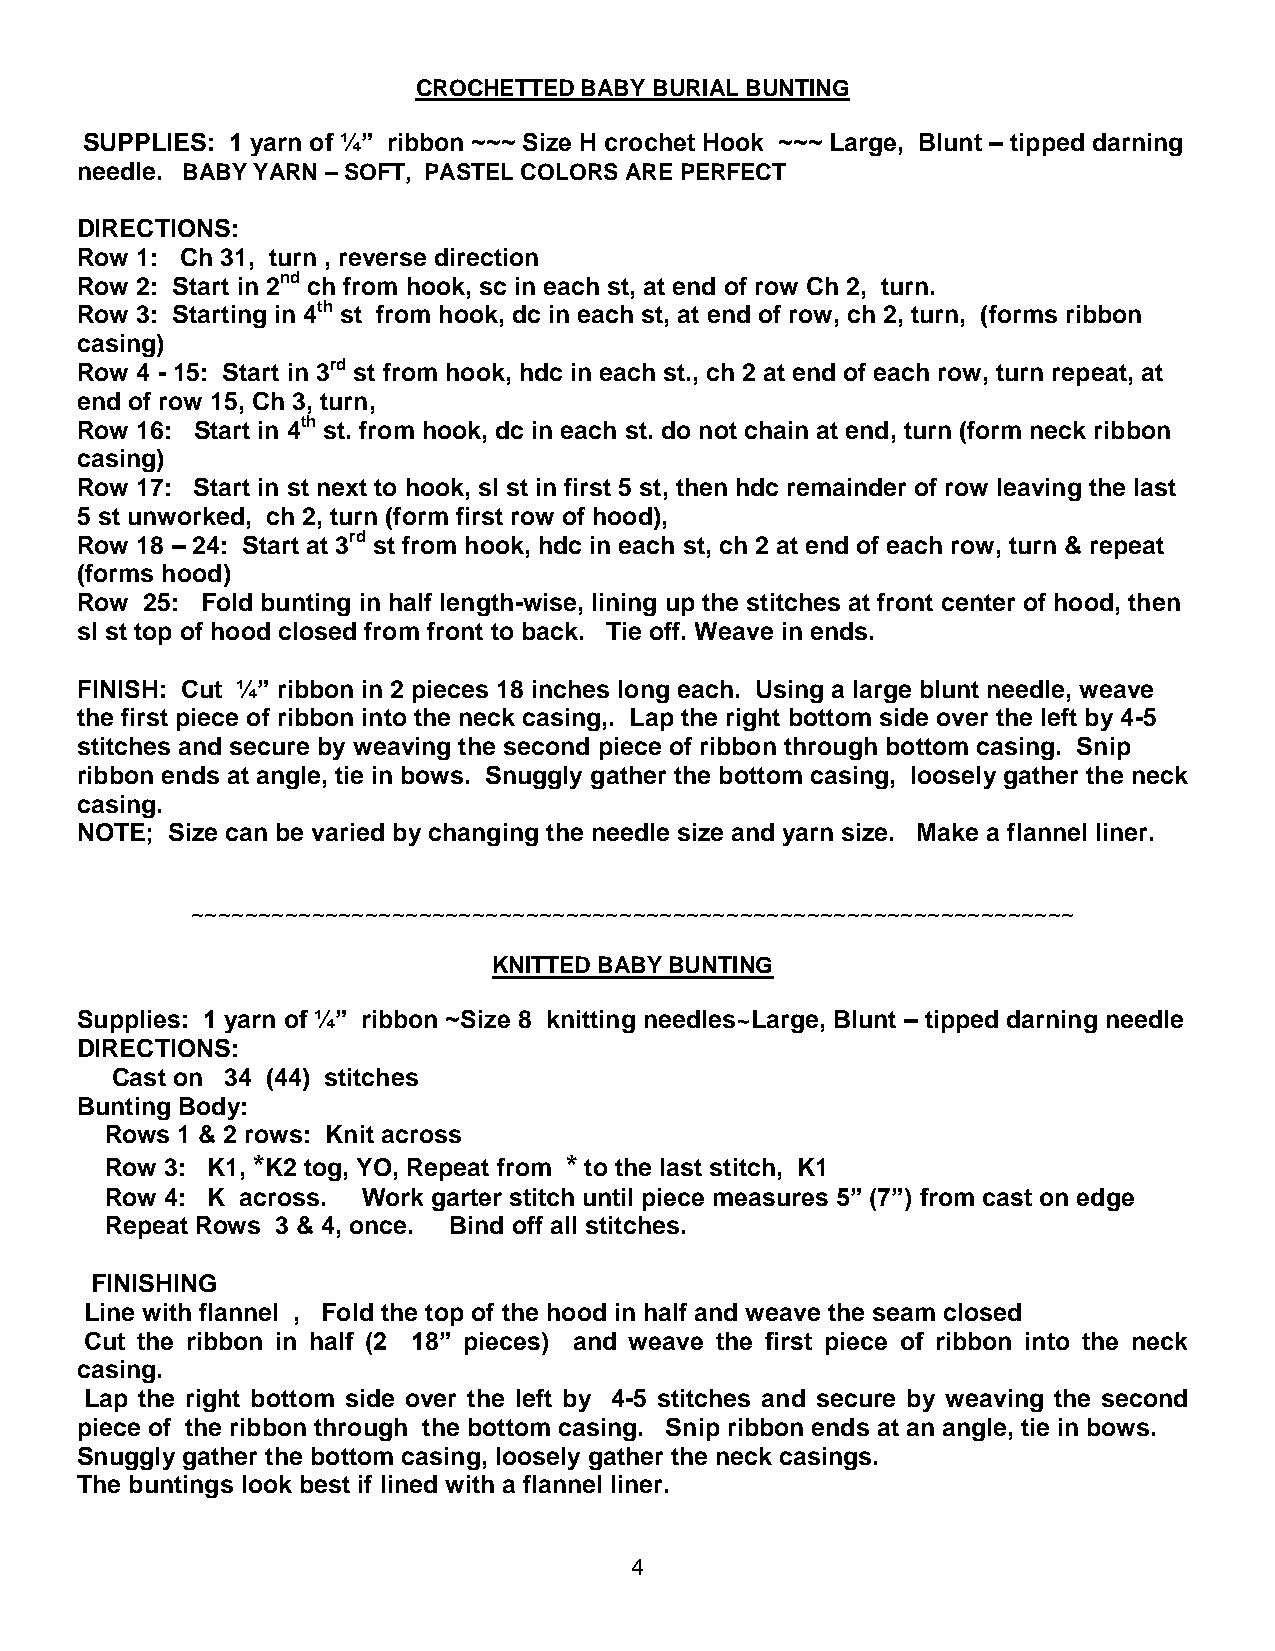
CROCHETTED BABY BURIAL BUNTING
 SUPPLIES: 1 yarn of ¼” ribbon ~~~ Size H crochet Hook ~~~ Large, Blunt – tipped darning
 needle. BABY YARN – SOFT, PASTEL COLORS ARE PERFECT
 DIRECTIONS:
 Row 1: Ch 31, turn , reverse direction
 Row 2: Start in 2nd ch from hook, sc in each st, at end of row Ch 2, turn.
 Row 3: Starting in 4th st from hook, dc in each st, at end of row, ch 2, turn, (forms ribbon
 casing)
 Row 4 - 15: Start in 3rd st from hook, hdc in each st., ch 2 at end of each row, turn repeat, at
 end of row 15, Ch 3, turn,
 Row 16: Start in 4th st. from hook, dc in each st. do not chain at end, turn (form neck ribbon
 casing)
 Row 17: Start in st next to hook, sl st in first 5 st, then hdc remainder of row leaving the last
 5 st unworked, ch 2, turn (form first row of hood),
 Row 18 – 24: Start at 3rd st from hook, hdc in each st, ch 2 at end of each row, turn & repeat
 (forms hood)
 Row 25: Fold bunting in half length-wise, lining up the stitches at front center of hood, then
 sl st top of hood closed from front to back. Tie off. Weave in ends.
 FINISH: Cut ¼” ribbon in 2 pieces 18 inches long each. Using a large blunt needle, weave
 the first piece of ribbon into the neck casing,. Lap the right bottom side over the left by 4-5
 stitches and secure by weaving the second piece of ribbon through bottom casing. Snip
 ribbon ends at angle, tie in bows. Snuggly gather the bottom casing, loosely gather the neck
 casing.
 NOTE; Size can be varied by changing the needle size and yarn size. Make a flannel liner.
 ~~~~~~~~~~~~~~~~~~~~~~~~~~~~~~~~~~~~~~~~~~~~~~~~~~~~~~~~~~~~~~~~~~
 KNITTED BABY BUNTING
 Supplies: 1 yarn of ¼” ribbon ~Size 8 knitting needles~Large, Blunt – tipped darning needle
 DIRECTIONS:
 Cast on 34 (44) stitches
 Bunting Body:
 Rows 1 & 2 rows: Knit across
 Row 3: K1, *K2 tog, YO, Repeat from * to the last stitch, K1
 Row 4: K across. Work garter stitch until piece measures 5” (7”) from cast on edge
 Repeat Rows 3 & 4, once. Bind off all stitches.
 FINISHING
 Line with flannel , Fold the top of the hood in half and weave the seam closed
 Cut the ribbon in half (2 18” pieces) and weave the first piece of ribbon into the neck
 casing.
 Lap the right bottom side over the left by 4-5 stitches and secure by weaving the second
 piece of the ribbon through the bottom casing. Snip ribbon ends at an angle, tie in bows.
 Snuggly gather the bottom casing, loosely gather the neck casings.
 The buntings look best if lined with a flannel liner.
 4